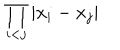
\displaystyle { \prod _ { i < j } | x _ { i } - x _ { j } | }